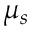
\mu _ { s }